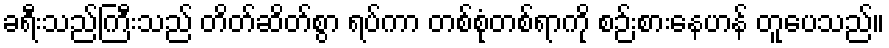
ခရီးသည်ကြီးသည် တိတ်ဆိတ်စွာ ရပ်ကာ တစ်စုံတစ်ရာကို စဉ်းစားနေဟန် တူပေသည်။